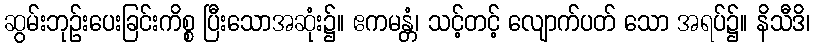
ဆွမ်းဘုဉ်းပေးခြင်းကိစ္စ ပြီးသောအဆုံး၌။ ဧကမန္တံ၊ သင့်တင့် လျောက်ပတ် သော အရပ်၌။ နိသီဒိ၊